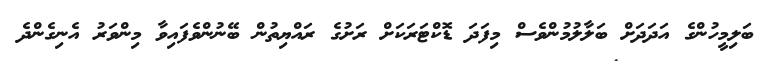
ބަލިމީހުންގެ އަދަދަށް ބަލާލުމުންވެސް މިފަދަ ޑޮކްޓަރަކަށް ރަށުގެ ރައްޔިތުން ބޭނުންވެފައިވާ މިންވަރު އެނިގެންދެ